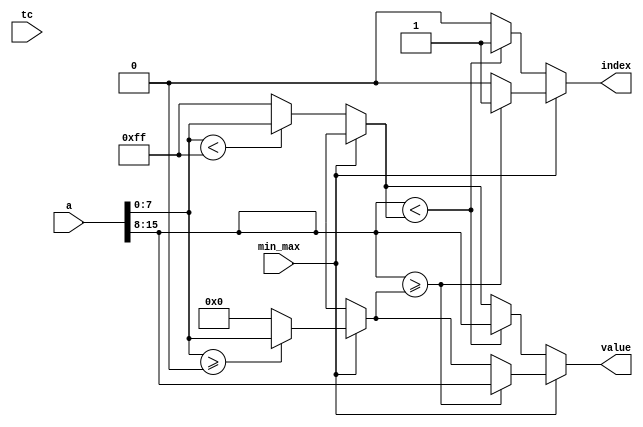
// This program was cloned from: https://github.com/TILOS-AI-Institute/MacroPlacement
// License: BSD 3-Clause "New" or "Revised" License

// ================================================================
// NVDLA Open Source Project
//
// Copyright(c) 2016 - 2017 NVIDIA Corporation. Licensed under the
// NVDLA Open Hardware License; Check "LICENSE" which comes with
// this distribution for more information.
// ================================================================
module NV_DW_minmax (a ,tc ,min_max ,value ,index);
  parameter width = 8;
  parameter num_inputs = 2;
  localparam index_width = ((num_inputs>8)? ((num_inputs> 32)? 6 : ((num_inputs>16)? 5 : 4)) : ((num_inputs>4)? 3 : ((num_inputs>2)? 2 : 1)));
  input [num_inputs*width-1 : 0] a;
  input tc; //dangle, only support unsigned.
  input min_max;
  output [width-1 : 0] value;
  output [index_width-1 : 0] index;
  reg [width-1 : 0] value;
  reg [index_width-1 : 0] index;
  wire tc_NC;
// synoff nets
// monitor nets
// debug nets
// tie high nets
// tie low nets
// no connect nets
// not all bits used nets
// todo nets
  assign tc_NC = tc;
  function [width-1 : 0] max_unsigned_value;
    input [num_inputs*width-1 : 0] a;
    reg [width-1 : 0] a_v;
    reg [width-1 : 0] value_v;
    reg [index_width : 0] k;
    begin
 value_v = {width{1'b0}};
 for (k = 0; k < num_inputs; k = k+1) begin
     a_v = a[width-1 : 0];
     a = a >> width;
     if (a_v >= value_v) begin
         value_v = a_v;
     end
 end
 max_unsigned_value = value_v;
    end
  endfunction
    function [index_width-1 : 0] max_unsigned_index;
        input [num_inputs*width-1 : 0] a;
        reg [width-1 : 0] a_v;
        reg [index_width-1 : 0] index_v;
        reg [width-1 : 0] value_v;
        reg [index_width : 0] k;
        begin
     value_v = {width{1'b0}};
     index_v = {index_width{1'b0}};
     for (k = 0; k < num_inputs; k = k+1) begin
         a_v = a[width-1 : 0];
         a = a >> width;
         if (a_v >= value_v) begin
             value_v = a_v;
             index_v = k[index_width-1 : 0];
         end
     end
     max_unsigned_index = index_v;
        end
    endfunction
  function [width-1 : 0] min_unsigned_value;
    input [num_inputs*width-1 : 0] a;
    reg [width-1 : 0] a_v;
    reg [width-1 : 0] value_v;
    reg [index_width : 0] k;
 begin
    value_v = {width{1'b1}};
 for (k = 0; k < num_inputs; k = k+1) begin
     a_v = a[width-1 : 0];
     a = a >> width;
     if (a_v < value_v) begin
         value_v = a_v;
     end
 end
 min_unsigned_value = value_v;
    end
  endfunction
  function [index_width-1 : 0] min_unsigned_index;
    input [num_inputs*width-1 : 0] a;
    reg [width-1 : 0] a_v;
    reg [width-1 : 0] value_v;
    reg [index_width-1 : 0] index_v;
    reg [index_width : 0] k;
 begin
    value_v = {width{1'b1}};
 index_v = {index_width{1'b0}};
 for (k = 0; k < num_inputs; k = k+1) begin
     a_v = a[width-1 : 0];
     a = a >> width;
     if (a_v < value_v) begin
         value_v = a_v;
         index_v = k[index_width-1 : 0];
     end
 end
 min_unsigned_index = index_v;
    end
  endfunction
  always @(a or min_max) begin
        if (min_max == 1'b0) begin
         value = min_unsigned_value (a);
         index = min_unsigned_index (a);
        end
     else begin
         value = max_unsigned_value (a);
         index = max_unsigned_index (a);
        end
  end
endmodule